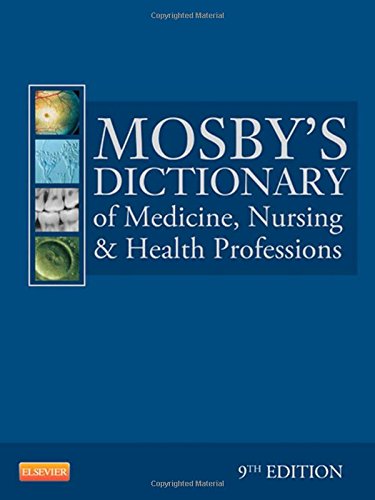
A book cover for Mosby's Dictionary of Medicine, Nursing & Health Professions, 9th Edition; Medical Books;